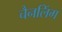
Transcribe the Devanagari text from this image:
चैनलिंग